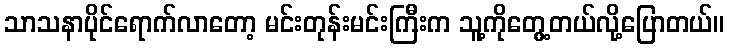
သာသနာပိုင်ရောက်လာတော့ မင်းတုန်းမင်းကြီးက သူ့ကိုတွေ့တယ်လို့ပြောတယ်။